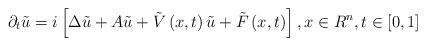
LaTeX: \begin{align*}\partial _{t}\tilde{u}=i\left[ \Delta \tilde{u}+A\tilde{u}+\tilde{V}\left(x,t\right) \tilde{u}+\tilde{F}\left( x,t\right) \right] ,x\in R^{n},t\in \left[ 0,1\right] \end{align*}